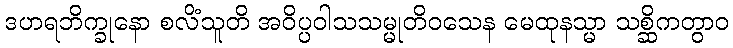
ဒဟရဘိက္ခုနော စလိံသူတိ အဝိပ္ပဝါသသမ္မုတိဝသေန မေထုနသ္မာ သစ္ဆိကတွာဝ